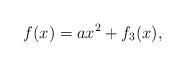
\begin{align*} f(x)= ax^2 + f_3(x), \end{align*}